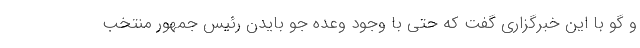
و گو با این خبرگزاری گفت که حتی با وجود وعده جو بایدن رئیس جمهور منتخب